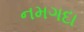
નમગદા